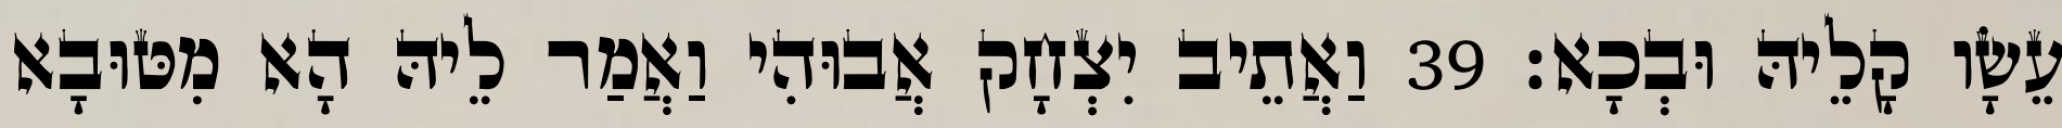
עֵשָׂו קָלֵיהּ וּבְכָא׃ 39 וַאֲתֵיב יִצְחָק אֲבוּהִי וַאֲמַר לֵיהּ הָא מִטּוּבָא